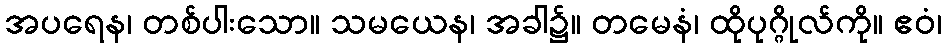
အပရေန၊ တစ်ပါးသော။ သမယေန၊ အခါ၌။ တမေနံ၊ ထိုပုဂ္ဂိုလ်ကို။ ဧဝံ၊